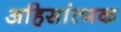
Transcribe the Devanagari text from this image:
अहिसांत्मक